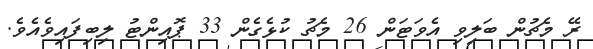
ރޭ މެޗުން ބަލިވި އެވަޓަން 26 މެޗު ކުޅެގެން 33 ޕޮއިންޓު ލިބިފައިވެއެވެ.